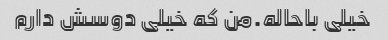
خیلی باحاله.من که خیلی دوسش دارم